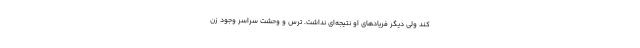
کند ولی دیگر فریادهای او نتیجه‌ای نداشت. ترس و وحشت سراسر وجود زن